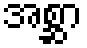
အစ္ဆာ